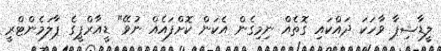
ލީޑާޝިޕާ ވާހަކަ ދައްކައި ގޮތެއް ނިމިގެން އެކަން ކޮށްފައެއް ނުވޭ" ޑީއާރްޕީގެ ޕާލަމެންޓްރީ